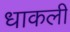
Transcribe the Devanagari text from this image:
धाकली